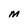
Character: M